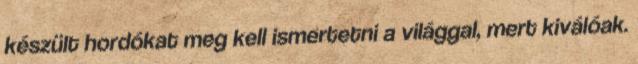
készült hordókat meg kell ismertetni a világgal, mert kiválóak.